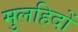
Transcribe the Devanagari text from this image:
मुलहिदों